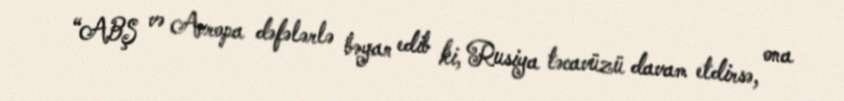
“ABŞ və Avropa dəfələrlə bəyan edib ki, Rusiya təcavüzü davam etdirsə, ona